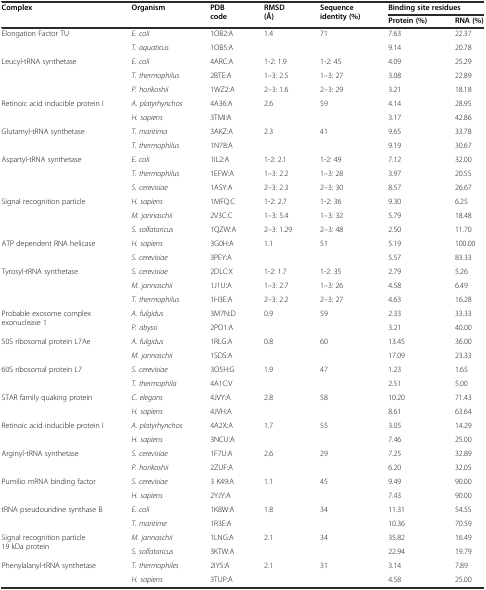
<table><thead><tr><td rowspan="2"><b>Complex</b></td><td rowspan="2"><b>Organism</b></td><td rowspan="2"><b>PDB code</b></td><td rowspan="2"><b>RMSD (Å)</b></td><td rowspan="2"><b>Sequence identity (%)</b></td><td colspan="2"><b>Binding site residues</b></td></tr><tr><td><b>Protein (%)</b></td><td><b>RNA (%)</b></td></tr></thead><tbody><tr><td rowspan="2">Elongation Factor TU</td><td><i>E. coli</i></td><td>1OB2:A</td><td rowspan="2">1.4</td><td rowspan="2">71</td><td>7.63</td><td>22.37</td></tr><tr><td><i>T. aquaticus</i></td><td>1OB5:A</td><td>9.14</td><td>20.78</td></tr><tr><td rowspan="3">Leucyl-tRNA synthetase</td><td><i>E. coli</i></td><td>4ARC:A</td><td>1-2: 1.9</td><td>1-2: 45</td><td>4.09</td><td>25.29</td></tr><tr><td><i>T. thermophilus</i></td><td>2BTE:A</td><td>1–3: 2.5</td><td>1–3: 27</td><td>3.08</td><td>22.89</td></tr><tr><td><i>P. horikoshii</i></td><td>1WZ2:A</td><td>2–3: 1.6</td><td>2–3: 29</td><td>3.21</td><td>18.18</td></tr><tr><td rowspan="2">Retinoic acid inducible protein I</td><td><i>A. platyrhynchos</i></td><td>4A36:A</td><td>2.6</td><td>59</td><td>4.14</td><td>28.95</td></tr><tr><td><i>H. sapiens</i></td><td>3TMI:A</td><td></td><td></td><td>3.17</td><td>42.86</td></tr><tr><td rowspan="2">Glutamyl-tRNA synthetase</td><td><i>T. maritima</i></td><td>3AKZ:A</td><td>2.3</td><td>41</td><td>9.65</td><td>33.78</td></tr><tr><td><i>T. thermophilus</i></td><td>1N78:A</td><td></td><td></td><td>9.19</td><td>30.67</td></tr><tr><td rowspan="3">Aspartyl-tRNA synthetase</td><td><i>E. coli</i></td><td>1IL2:A</td><td>1-2: 2.1</td><td>1-2: 49</td><td>7.12</td><td>32.00</td></tr><tr><td><i>T. thermophilus</i></td><td>1EFW:A</td><td>1–3: 2.2</td><td>1–3: 28</td><td>3.97</td><td>20.55</td></tr><tr><td><i>S. cerevisiae</i></td><td>1ASY:A</td><td>2–3: 2.3</td><td>2–3: 30</td><td>8.57</td><td>26.67</td></tr><tr><td rowspan="3">Signal recognition particle</td><td><i>H. sapiens</i></td><td>1MFQ:C</td><td>1-2: 2.7</td><td>1-2: 36</td><td>9.30</td><td>6.25</td></tr><tr><td><i>M. jannaschii</i></td><td>2V3C:C</td><td>1–3: 5.4</td><td>1–3: 32</td><td>5.79</td><td>18.48</td></tr><tr><td><i>S. solfataricus</i></td><td>1QZW:A</td><td>2–3: 1.29</td><td>2–3: 48</td><td>2.50</td><td>11.70</td></tr><tr><td rowspan="2">ATP dependent RNA helicase</td><td><i>H. sapiens</i></td><td>3G0H:A</td><td>1.1</td><td>51</td><td>5.19</td><td>100.00</td></tr><tr><td><i>S. cerevisiae</i></td><td>3PEY:A</td><td></td><td></td><td>5.57</td><td>83.33</td></tr><tr><td rowspan="3">Tyrosyl-tRNA synthetase</td><td><i>S. cerevisiae</i></td><td>2DLC:X</td><td>1-2: 1.7</td><td>1-2: 35</td><td>2.79</td><td>5.26</td></tr><tr><td><i>M. jannaschii</i></td><td>1J1U:A</td><td>1–3: 2.7</td><td>1–3: 26</td><td>4.58</td><td>6.49</td></tr><tr><td><i>T. thermophilus</i></td><td>1H3E:A</td><td>2–3: 2.2</td><td>2–3: 27</td><td>4.63</td><td>16.28</td></tr><tr><td rowspan="2">Probable exosome complex exonuclease 1</td><td><i>A. fulgidus</i></td><td>3M7N:D</td><td>0.9</td><td>59</td><td>2.33</td><td>33.33</td></tr><tr><td><i>P. abyssi</i></td><td>2PO1:A</td><td></td><td></td><td>3.21</td><td>40.00</td></tr><tr><td rowspan="2">50S ribosomal protein L7Ae</td><td><i>A. fulgidus</i></td><td>1RLG:A</td><td>0.8</td><td>60</td><td>13.45</td><td>36.00</td></tr><tr><td><i>M. jannaschii</i></td><td>1SDS:A</td><td></td><td></td><td>17.09</td><td>23.33</td></tr><tr><td rowspan="2">60S ribosomal protein L7</td><td><i>S. cerevisiae</i></td><td>3O5H:G</td><td>1.9</td><td>47</td><td>1.23</td><td>1.65</td></tr><tr><td><i>T. thermophila</i></td><td>4A1C:V</td><td></td><td></td><td>2.51</td><td>5.00</td></tr><tr><td rowspan="2">STAR family quaking protein</td><td><i>C. elegans</i></td><td>4JVY:A</td><td>2.8</td><td>58</td><td>10.20</td><td>71.43</td></tr><tr><td><i>H. sapiens</i></td><td>4JVH:A</td><td></td><td></td><td>8.61</td><td>63.64</td></tr><tr><td rowspan="2">Retinoic acid inducible protein I</td><td><i>A. platyrhynchos</i></td><td>4A2X:A</td><td>1.7</td><td>55</td><td>3.05</td><td>14.29</td></tr><tr><td><i>H. sapiens</i></td><td>3NCU:A</td><td></td><td></td><td>7.46</td><td>25.00</td></tr><tr><td rowspan="2">Arginyl-tRNA synthetase</td><td><i>S. cerevisiae</i></td><td>1F7U:A</td><td>2.6</td><td>29</td><td>7.25</td><td>32.89</td></tr><tr><td><i>P. horikoshii</i></td><td>2ZUF:A</td><td></td><td></td><td>6.20</td><td>32.05</td></tr><tr><td rowspan="2">Pumilio mRNA binding factor</td><td><i>S. cerevisiae</i></td><td>3 K49:A</td><td>1.1</td><td>45</td><td>9.49</td><td>90.00</td></tr><tr><td><i>H. sapiens</i></td><td>2YJY:A</td><td></td><td></td><td>7.43</td><td>90.00</td></tr><tr><td rowspan="2">tRNA pseudouridine synthase B</td><td><i>E. coli</i></td><td>1K8W:A</td><td>1.8</td><td>34</td><td>11.31</td><td>54.55</td></tr><tr><td><i>T. maritime</i></td><td>1R3E:A</td><td></td><td></td><td>10.36</td><td>70.59</td></tr><tr><td rowspan="2">Signal recognition particle 19 kDa protein</td><td><i>M. jannaschii</i></td><td>1LNG:A</td><td>2.1</td><td>34</td><td>35.82</td><td>16.49</td></tr><tr><td><i>S. solfataricus</i></td><td>3KTW:A</td><td></td><td></td><td>22.94</td><td>19.79</td></tr><tr><td rowspan="2">Phenylalanyl-tRNA synthetase</td><td><i>T. thermophiles</i></td><td>2IY5:A</td><td>2.1</td><td>31</td><td>3.14</td><td>7.89</td></tr><tr><td><i>H. sapiens</i></td><td>3TUP:A</td><td></td><td></td><td>4.58</td><td>25.00</td></tr></tbody></table>